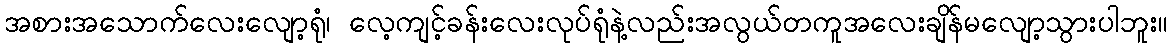
အစားအသောက်လေးလျော့ရုံ၊ လေ့ကျင့်ခန်းလေးလုပ်ရုံနဲ့လည်းအလွယ်တကူအလေးချိန်မလျော့သွားပါဘူး။